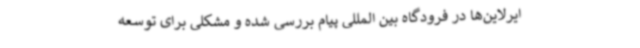
ایرلاین‌ها در فرودگاه بین المللی پیام بررسی شده و مشکلی برای توسعه